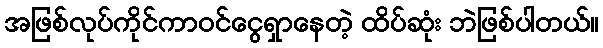
အဖြစ်လုပ်ကိုင်ကာဝင်ငွေရှာနေတဲ့ ထိပ်ဆုံး ဘဲဖြစ်ပါတယ်။